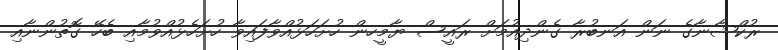
ރުކްޝާނާގެ ނަން އަނބުރާ ގެންދިއުމަށް ރައީސް ޔާމީހން ހުށަހަޅުއްވާފައިވާ ހުށަހެޅުއްވުމާއި ބެހޭ ގޮތުންނާއި